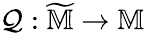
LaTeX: \mathcal{Q}:\widetilde{\mathbb{M}}\rightarrow\mathbb{M}